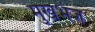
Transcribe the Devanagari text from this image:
मुखभंज